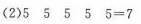
(2)$$5 5 5 5 5 = 7$$